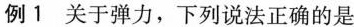
例1 关于弹力，下列说法正确的是